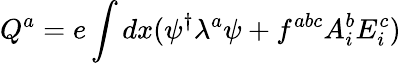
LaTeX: Q^{a}=e\int dx(\psi^{\dagger}\lambda^{a}\psi+f^{abc}A_{i}^{b}E_{i}^{c})